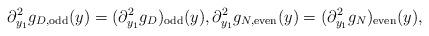
LaTeX: \begin{align*}\partial^2_{y_1} g_{D,\mathrm{odd}}(y) = (\partial^2_{y_1} g_D)_{\mathrm{odd}}(y),\partial^2_{y_1} g_{N,\mathrm{even}}(y) = (\partial^2_{y_1} g_N)_{\mathrm{even}}(y),\end{align*}